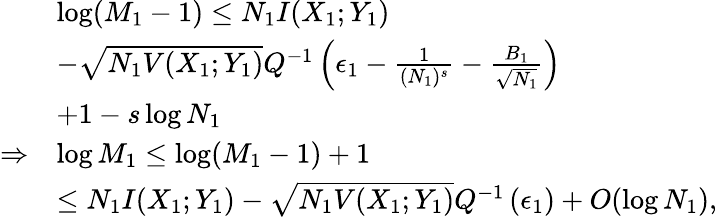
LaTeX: \begin{array}{rl}&{\log(M_{1}-1)\leq N_{1}I(X_{1};Y_{1})}\\ &{-\sqrt{N_{1}V(X_{1};Y_{1})}Q^{-1}\left(\epsilon_{1}-\frac{1}{(N_{1})^{s}}-\frac{B_{1}}{\sqrt{N_{1}}}\right)}\\ &{+1-s\log N_{1}}\\ {\Rightarrow}&{\log M_{1}\leq\log(M_{1}-1)+1}\\ &{\leq N_{1}I(X_{1};Y_{1})-\sqrt{N_{1}V(X_{1};Y_{1})}Q^{-1}\left(\epsilon_{1}\right)+O(\log N_{1}),}\end{array}